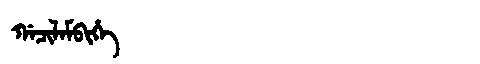
Manchu: ᡤᠠᠴᡳᠯᠠᠮᠪᡳᡥᡝ
Romanization: GACILAMBIHE